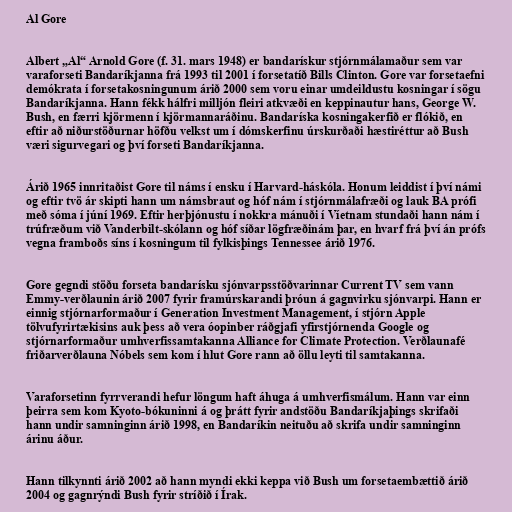
Al Gore

Albert „Al“ Arnold Gore (f. 31. mars 1948) er bandarískur stjórnmálamaður sem var
varaforseti Bandaríkjanna frá 1993 til 2001 í forsetatíð Bills Clinton. Gore var forsetaefni
demókrata í forsetakosningunum árið 2000 sem voru einar umdeildustu kosningar í sögu
Bandaríkjanna. Hann fékk hálfri milljón fleiri atkvæði en keppinautur hans, George W.
Bush, en færri kjörmenn í kjörmannaráðinu. Bandaríska kosningakerfið er flókið, en
eftir að niðurstöðurnar höfðu velkst um í dómskerfinu úrskurðaði hæstiréttur að Bush
væri sigurvegari og því forseti Bandaríkjanna.

Árið 1965 innritaðist Gore til náms í ensku í Harvard-háskóla. Honum leiddist í því námi
og eftir tvö ár skipti hann um námsbraut og hóf nám í stjórnmálafræði og lauk BA prófi
með sóma í júní 1969. Eftir herþjónustu í nokkra mánuði í Víetnam stundaði hann nám í
trúfræðum við Vanderbilt-skólann og hóf síðar lögfræðinám þar, en hvarf frá því án prófs
vegna framboðs síns í kosningum til fylkisþings Tennessee árið 1976.

Gore gegndi stöðu forseta bandarísku sjónvarpsstöðvarinnar Current TV sem vann
Emmy-verðlaunin árið 2007 fyrir framúrskarandi þróun á gagnvirku sjónvarpi. Hann er
einnig stjórnarformaður í Generation Investment Management, í stjórn Apple
tölvufyrirtækisins auk þess að vera óopinber ráðgjafi yfirstjórnenda Google og
stjórnarformaður umhverfissamtakanna Alliance for Climate Protection. Verðlaunafé
friðarverðlauna Nóbels sem kom í hlut Gore rann að öllu leyti til samtakanna.

Varaforsetinn fyrrverandi hefur löngum haft áhuga á umhverfismálum. Hann var einn
þeirra sem kom Kyoto-bókuninni á og þrátt fyrir andstöðu Bandaríkjaþings skrifaði
hann undir samninginn árið 1998, en Bandaríkin neituðu að skrifa undir samninginn
árinu áður.

Hann tilkynnti árið 2002 að hann myndi ekki keppa við Bush um forsetaembættið árið
2004 og gagnrýndi Bush fyrir stríðið í Írak.